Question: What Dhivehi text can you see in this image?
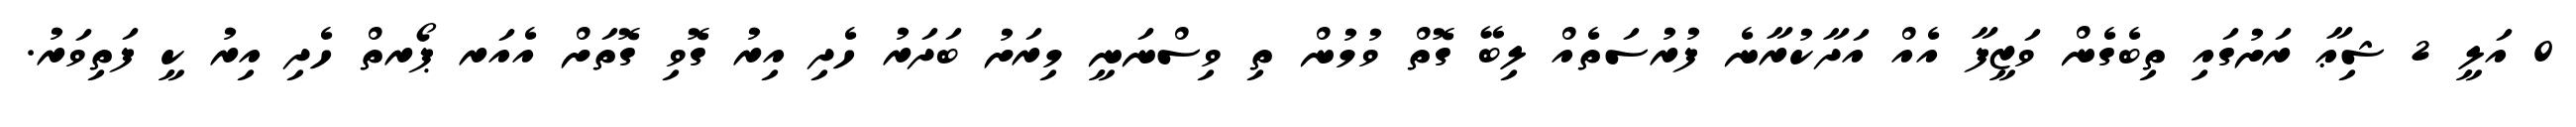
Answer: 0 އަލީ 2 ޝިޢާ ރަށުގައި ތިބެގެން ވަޒީފާ އެއް އަދާކުރާނެ ފުރުސަތެއް ލިބޭ ގޮތް ވުމުން ތި ވިސްނަނީ މިރަށު ބަދަރު ހެދި އިރު ގޮވި ގޮތަށް އެއަރ ޕޯރތް ހެދި އިރު ކީ ފަތިވަރު.